Report on vaccination proceedings throughout the Government of Bengal -
Year: 1868
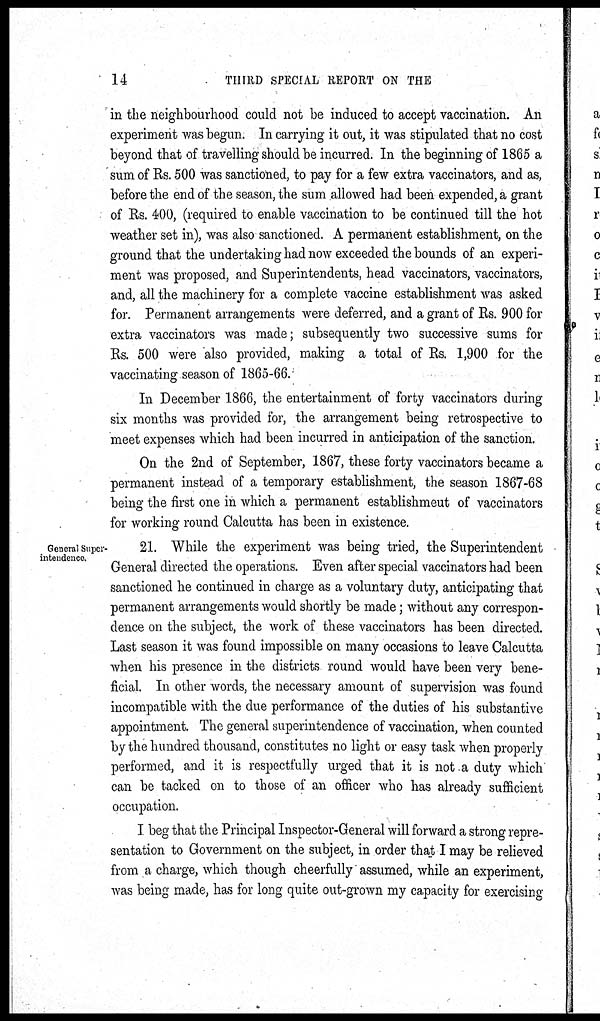
14
THIRD SPECIAL REPORT ON THE
in the neighbourhood could not be induced to accept vaccination. An
experiment was begun. In carrying it out, it was stipulated that no cost
beyond that of travelling should be incurred. In the beginning of 1865 a
sum of Rs. 500 was sanctioned, to pay for a few extra vaccinators, and as,
before the end of the season, the sum allowed had been expended, a grant
of Rs. 400, (required to enable vaccination to be continued till the hot
weather set in), was also sanctioned. A permanent establishment, on the
ground that the undertaking had now exceeded the bounds of an experi-
ment was proposed, and Superintendents, head vaccinators, vaccinators,
and, all the machinery for a complete vaccine establishment was asked
for. Permanent arrangements were deferred, and a grant of Rs. 900 for
extra vaccinators was made; subsequently two successive sums for
Rs. 500 were also provided, making a total of Rs. 1,900 for the
vaccinating season of 1865-66.
In December 1866, the entertainment of forty vaccinators during
six months was provided for, the arrangement being retrospective to
meet expenses which had been incurred in anticipation of the sanction.
On the 2nd of September, 1867, these forty vaccinators became a
permanent instead of a temporary establishment, the season 1867-68
being the first one in which a permanent establishmeut of vaccinators
for working round Calcutta has been in existence.
General Super¬
intendence.
21. While the experiment was being tried, the Superintendent
General directed the operations. Even after special vaccinators had been
sanctioned he continued in charge as a voluntary duty, anticipating that
permanent arrangements would shortly be made; without any correspon-
dence on the subject, the work of these vaccinators has been directed.
Last season it was found impossible on many occasions to leave Calcutta
when his presence in the districts round would have been very bene-
ficial. In other words, the necessary amount of supervision was found
incompatible with the due performance of the duties of his substantive
appointment. The general superintendence of vaccination, when counted
by the hundred thousand, constitutes no light or easy task when properly
performed, and it is respectfully urged that it is not a duty which
can be tacked on to those of an officer who has already sufficient
occupation.
I beg that the Principal Inspector-General will forward a strong repre-
sentation to Government on the subject, in order that I may be relieved
from a charge, which though cheerfully assumed, while an experiment,
was being made, has for long quite out-grown my capacity for exercising